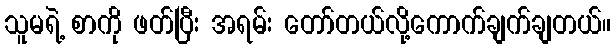
သူမရဲ့ စာကို ဖတ်ပြီး အရမ်း တော်တယ်လို့ကောက်ချက်ချတယ်။